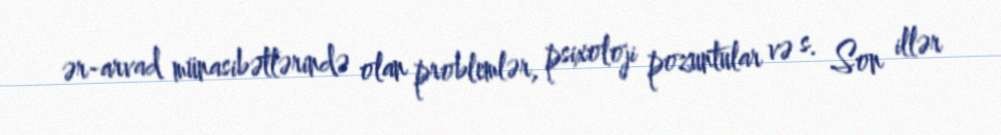
ər-arvad münasibətlərində olan problemlər, psixoloji pozuntular və s. Son illər